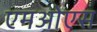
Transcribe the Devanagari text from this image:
एमओएस